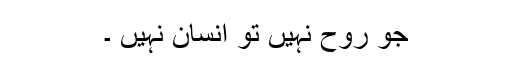
جو روح نہیں تو انسان نہیں ۔